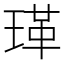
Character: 𭹤